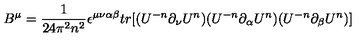
B ^ { \mu } = \frac { 1 } { 2 4 \pi ^ { 2 } n ^ { 2 } } \epsilon ^ { \mu \nu \alpha \beta } t r [ ( U ^ { - n } \partial _ { \nu } U ^ { n } ) ( U ^ { - n } \partial _ { \alpha } U ^ { n } ) ( U ^ { - n } \partial _ { \beta } U ^ { n } ) ]